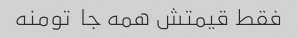
فقط قیمتش همه جا  تومنه